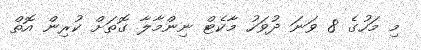
މި މަހުގެ 8 ވަނަ ދުވަހު މާކެޓް ނިންމާލާ ގޮތަށް ކުރިން އޮތް